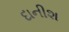
દાનીશ